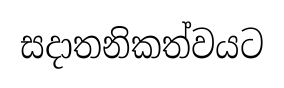
සදාතනිකත්වයට